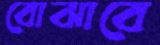
বোঝাবে